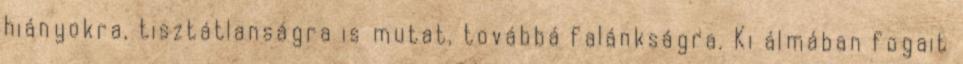
hiányokra, tisztátlanságra is mutat, továbbá falánkságra. Ki álmában fogait